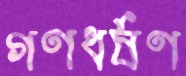
গণধর্ষণ